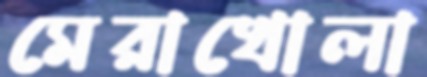
মেরাখোলা